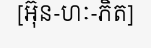
[អ៊ុន-ហៈ-ភិត]